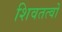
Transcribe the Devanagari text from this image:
शिवतत्वों